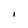
Character: I